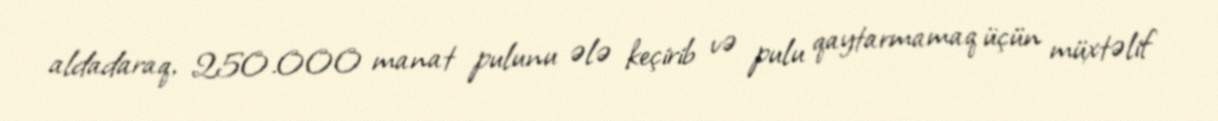
aldadaraq, 250.000 manat pulunu ələ keçirib və pulu qaytarmamaq üçün müxtəlif